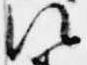
次